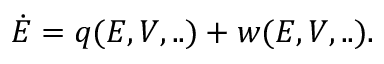
\begin{array} { r } { \dot { E } = q ( E , V , . . ) + w ( E , V , . . ) . } \end{array}